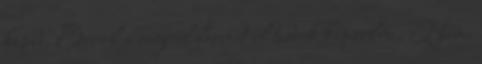
kepbe. Errol a cegrol barmit el tudok kepzelni. Nem.